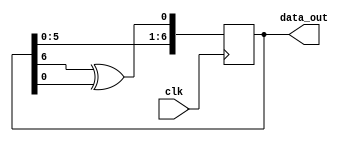
// linear feedback shift register

module lfsr7 (data_out, clk);

	output reg [6:0] data_out;

	input wire clk;

	initial data_out = 7'b1;

	always @ (posedge clk)
		data_out <= {data_out[5:0],data_out[6]^data_out[0]};

endmodule